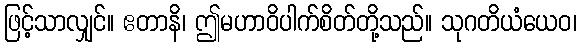
ဖြင့်သာလျှင်။ ဧတာနိ၊ ဤမဟာဝိပါက်စိတ်တို့သည်။ သုဂတိယံယေဝ၊